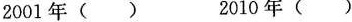
2001年( ) 2010年( )